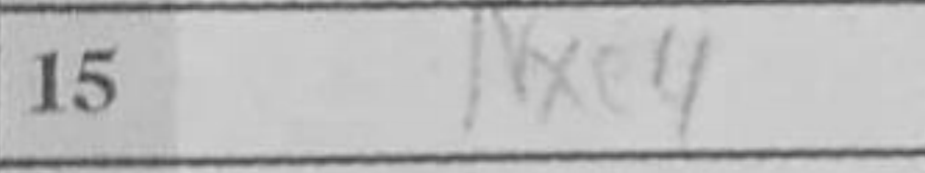
Transcription: Nxe4